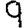
Digit: 9